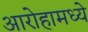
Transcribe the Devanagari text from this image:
आरोहामध्ये